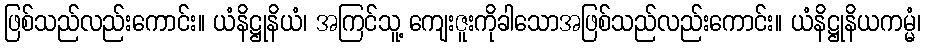
ဖြစ်သည်လည်းကောင်း။ ယံနိဋ္ဌုနိယံ၊ အကြင်သူ့ ကျေးဇူးကိုခါသောအဖြစ်သည်လည်းကောင်း။ ယံနိဋ္ဌုနိယကမ္မံ၊